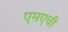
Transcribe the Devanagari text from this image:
एमएची